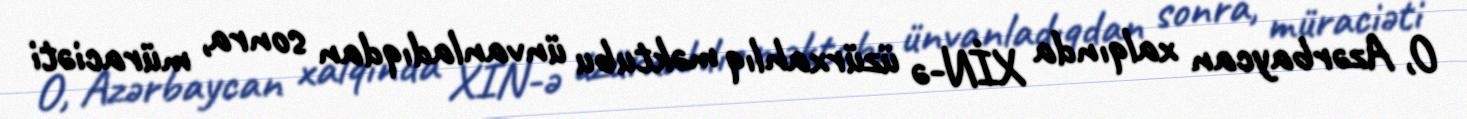
O, Azərbaycan xalqında XİN-ə üzürxahlıq məktubu ünvanladıqdan sonra, müraciəti